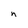
Character: n